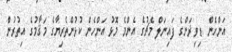
އަންހެން ޑިވިޜަންގެ ފައިނަލް މެޗުގެ އެންމެ މޮޅު އަންހެން ކުޅުންތެރިޔާގެ މަޤާމުގެ އިތުރުން